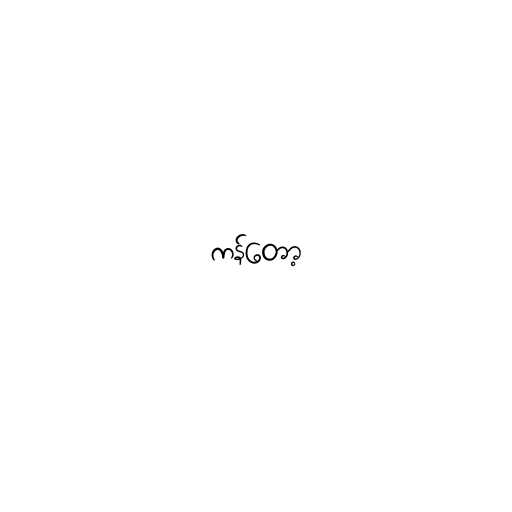
ကန်တော့